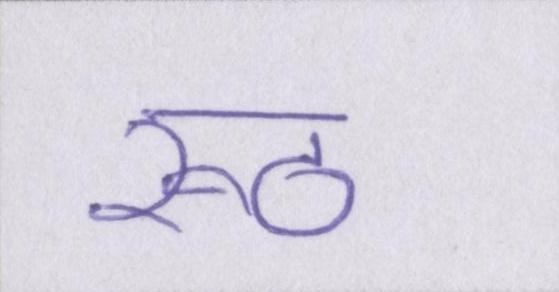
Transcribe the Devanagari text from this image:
रूठ